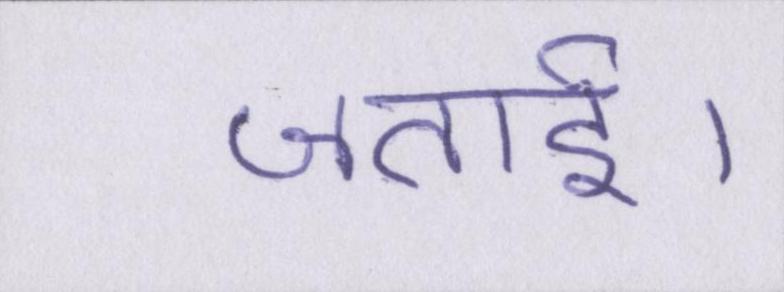
जताई।